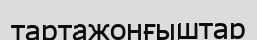
тартажонғыштар